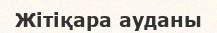
Жітіқара ауданы